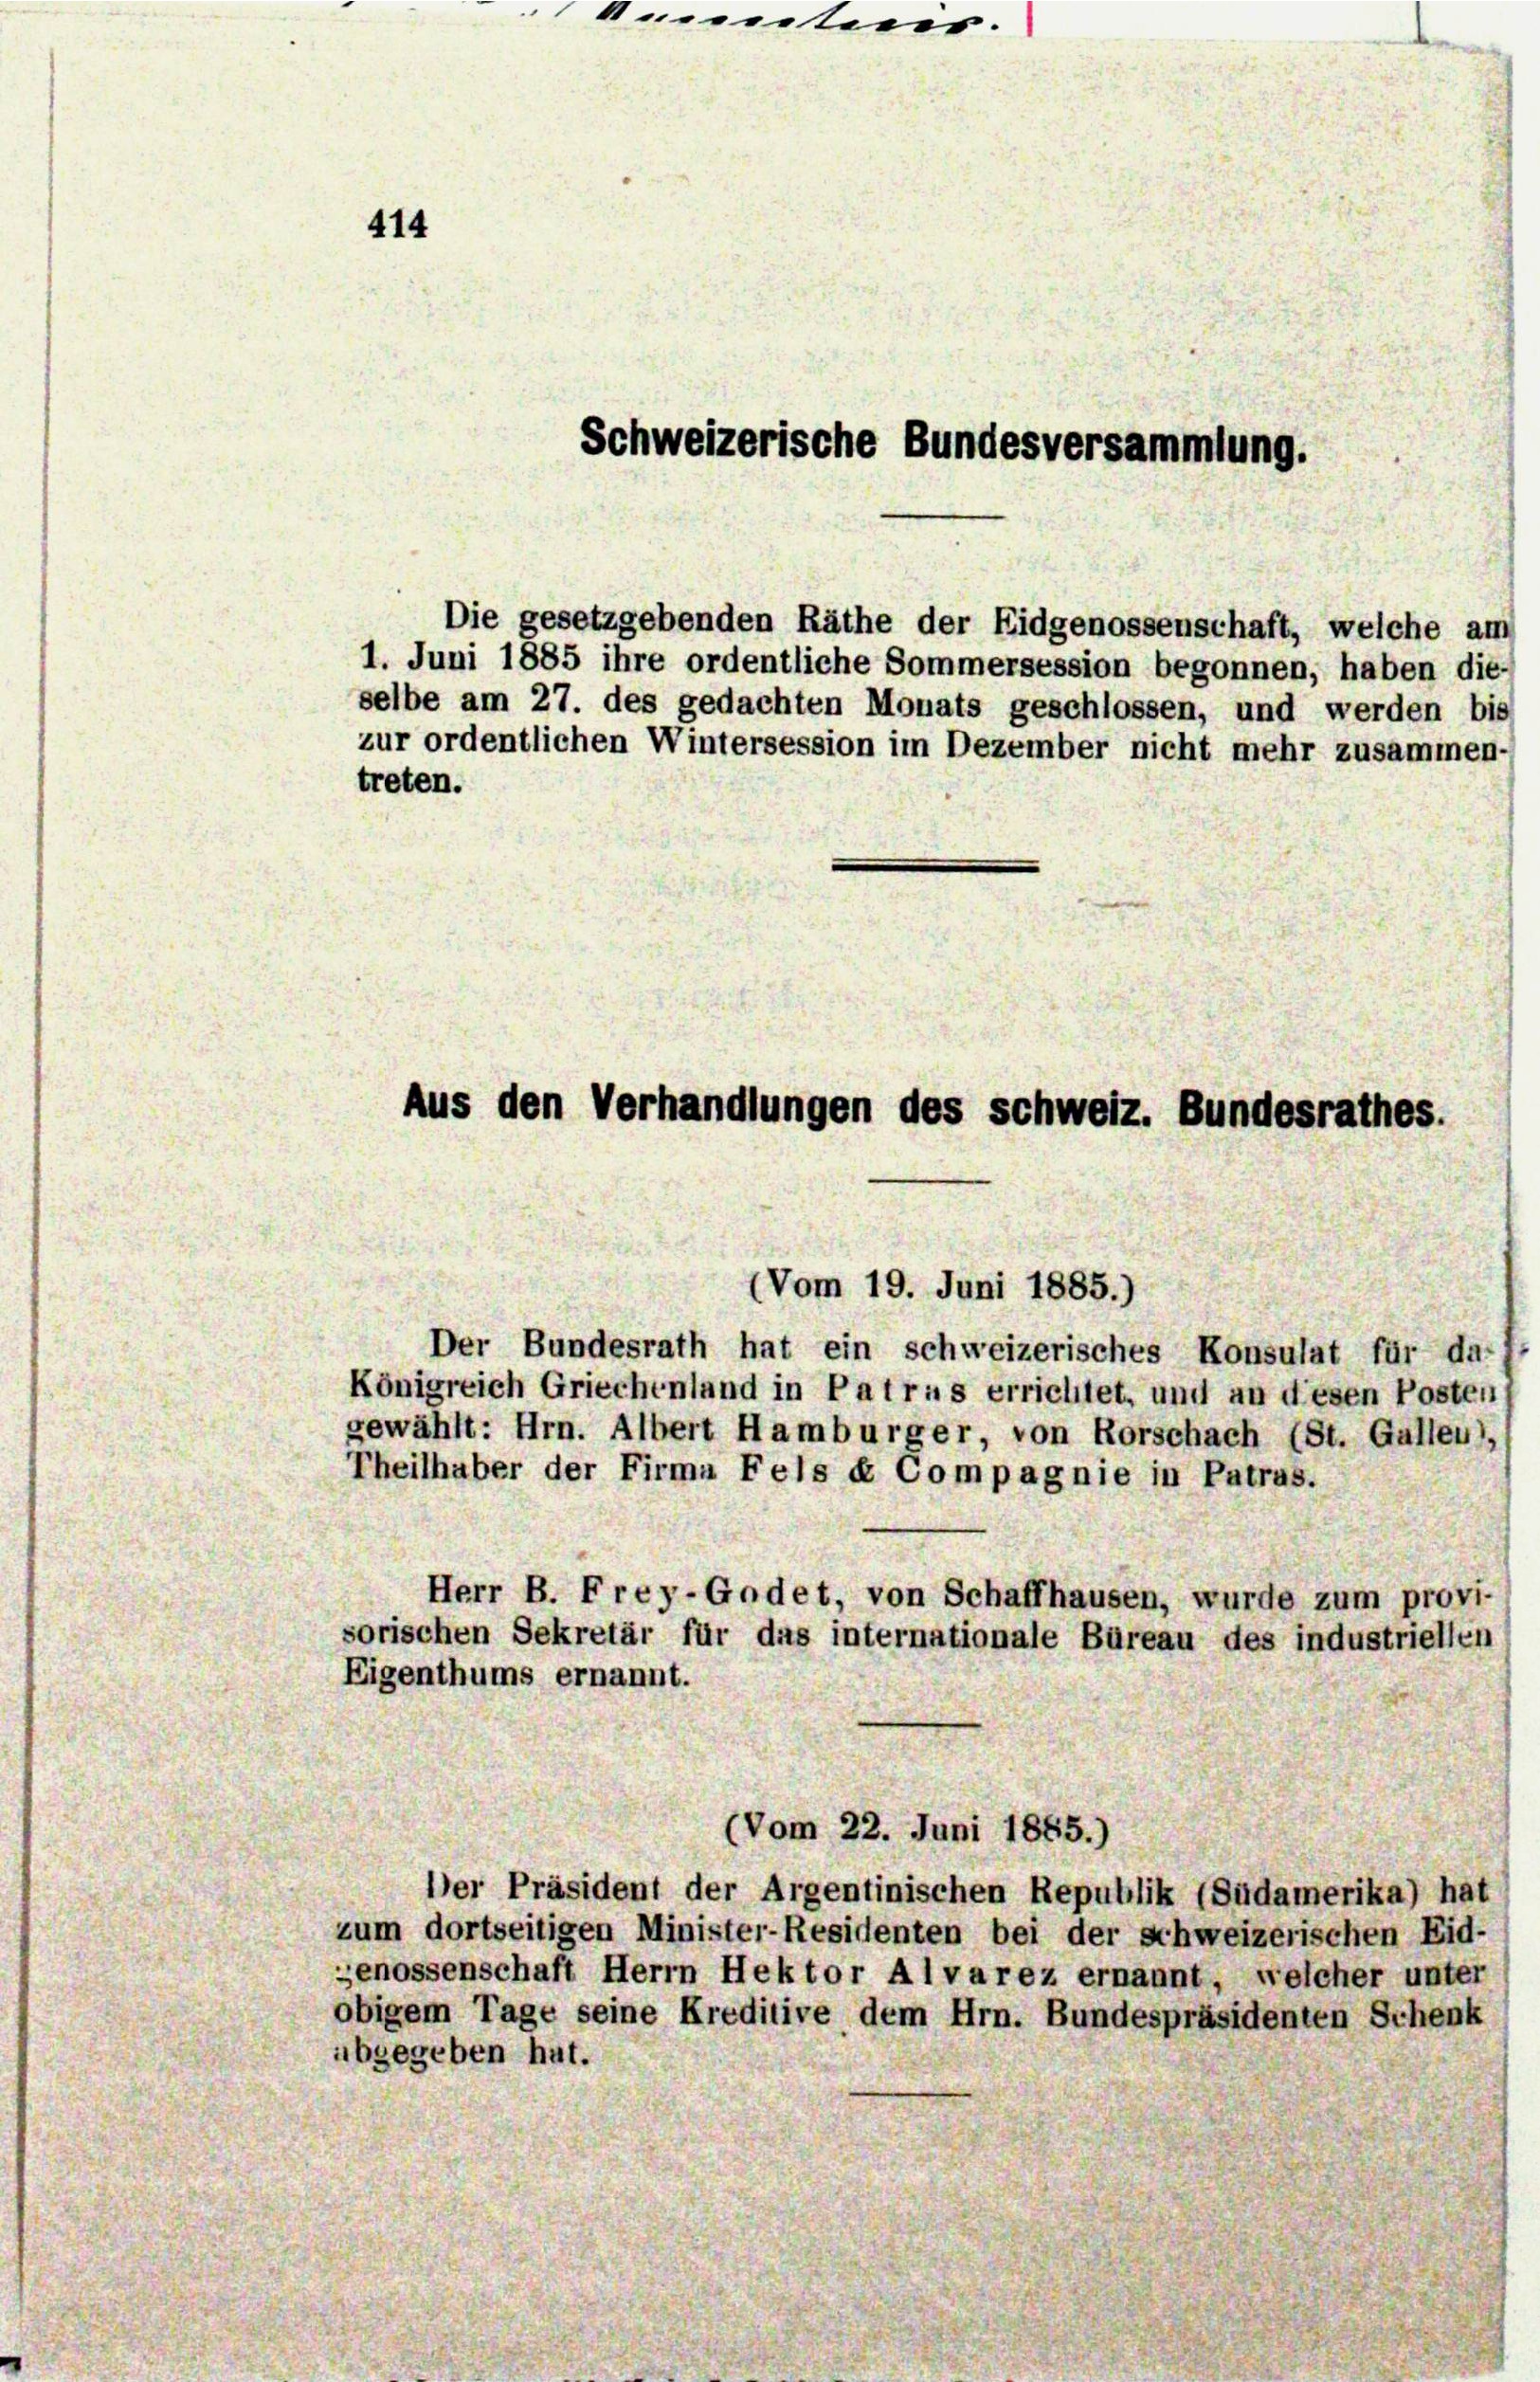
414

Schweizerische Bundesversammlung.

1. Juni 1885 ihre ordentliche Sommersession begonnen, haben die-
selbe am 27. des gedachten Monats geschlossen, und werden bis
zur ordentlichen Wintersession im Dezember nicht mehr zusammen-
treten.

Die gesetzgebenden Räthe der Eidgenossenschaft, welche am

Aus den Verhandlungen des Schweiz. Bundesrathes.

(Vom 19. Juni 1885.)

Der Bundesrath hat ein schweizerisches Konsulat für da-
Königreich Griechenland in Patrus errichtet, und an diesen Posten,
gewählt: Hrn. Albert Hamburger, von Rorschach (St. Gallen,
Theilhaber der Firma Fels et Compagnie in Patrus.
Herr B. Frey-Godet, von Schaffhausen, wurde zum provi-
sorischen Sekretär für das internationale Büreau des industriellen
Eigenthums ernannt.
(Vom 22. Juni 1885.)
Der Präsident der Argentinischen Republik (Südamerika) hat
zum dortseitigen Minister-Residenten bei der schweizerischen Eid-
genossenschaft Herrn Hektor Alvarez ernannt, welcher unter
obigem Tage seine Kreditive dem Hrn. Bundespräsidenten Schenk
übgegeben hat.